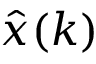
{ \hat { x } } ( k )